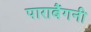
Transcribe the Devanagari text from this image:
पाराबैंगनी